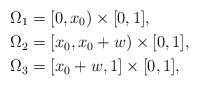
LaTeX: \begin{align*}\Omega_{1} &= [0, x_0) \times [0, 1], \\\Omega_{2} &= [x_0, x_0 + w) \times [0,1], \\\Omega_{3} &= [x_0 + w, 1] \times [0,1],\end{align*}